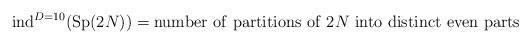
\begin{align*}\;\;\; {\rm ind}^{D=10}({\rm Sp}(2N))={\rm number~of~partitions~of}~2 N~{\rm into~distinct~even~parts}\end{align*}